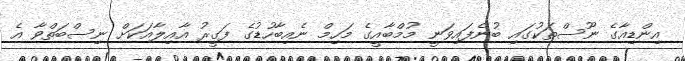
އިންޑިއާގެ ނޫސްތަކުގައި ބުނެފައިވަނީ މުމްބާއީގެ މަހިމް ނެއިބާހުޑުގެ ފަގީރު އާއިލާއަކަށް ނިސްބަތްވާ އެ